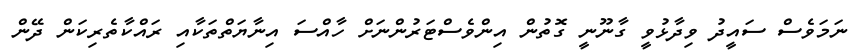
ނަމަވެސް ސައީދު ވިދާޅުވީ ގާނޫނީ ގޮތުން އިންވެސްޓަރުންނަށް ހާއްސަ އިނާޔަތްތަކާއި ރައްކާތެރިކަން ދޭން